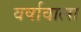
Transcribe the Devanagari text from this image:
वर्षावाला